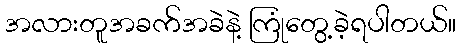
အလားတူအခက်အခဲနဲ့ ကြုံတွေ့ခဲ့ရပါတယ်။